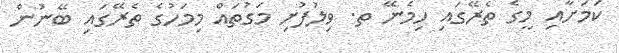
ކަމަށާއި މީގެ ތެރޭގައި ހިމެނޭ ތ. ވިލުފުށި މަގުތައް މިމަހުގެ ތެރޭގައި ބޭނުން